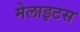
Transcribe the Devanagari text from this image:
मेलाइटस